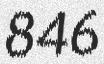
846